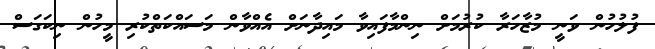
ފުލުހުން ވަނީ މުޒާހަރާ ކުރުމަށް ނިންމާފައިވާ މައިދާނަށް އެއްވާން މަސައްކަތްކުރި މީހުން ނިކަގަސް